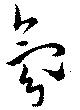
氛